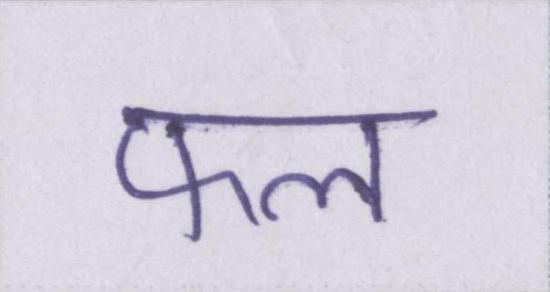
फल